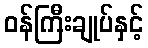
ဝန်ကြီးချုပ်နှင့်